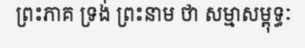
ព្រះភាគ ទ្រង់ ព្រះនាម ថា សម្មាសម្ពុទ្ធៈ